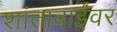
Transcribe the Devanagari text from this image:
शांताबाईंवर